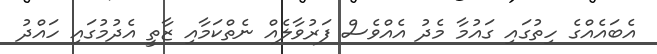
އެބައެއްގެ ހިތުގައި ގައުމާ މެދު އެއްވެސް ފަރުވާލެއް ނެތްކަމާއި ޒާތީ އެދުމުގައި ހައްދު